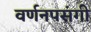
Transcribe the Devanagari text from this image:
वर्णनपसंगी